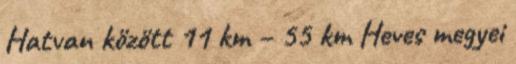
Hatvan között 11 km – 55 km Heves megyei